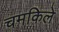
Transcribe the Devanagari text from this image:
चमकिले